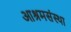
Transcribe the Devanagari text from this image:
आश्रमसंस्था